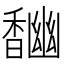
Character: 𩡎